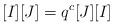
LaTeX: \begin{align*} [I][J] = q^c [J][I] \end{align*}